Report on the lunatic asylums under the Government of Bombay - 1904-1913
Year: 1904
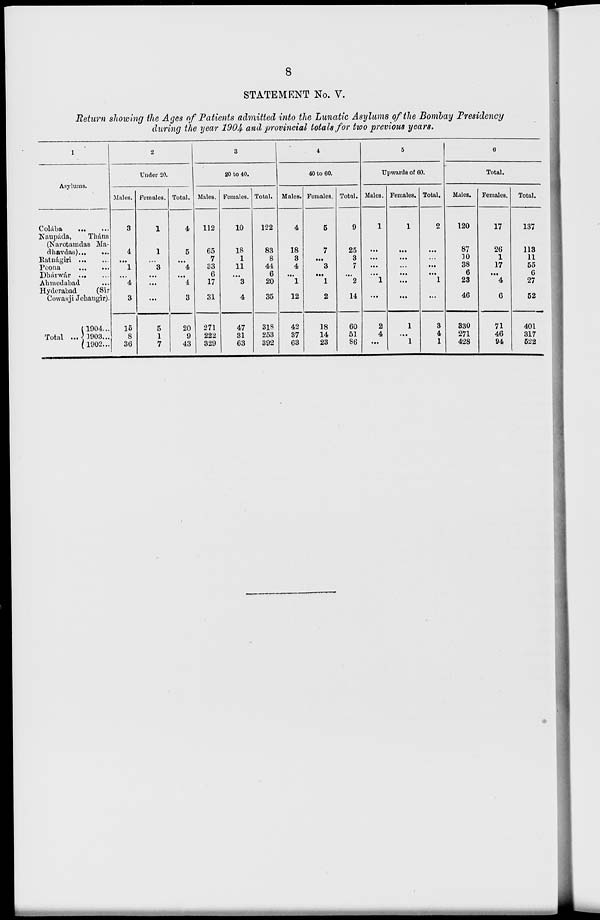
8
STATEMENT No. V.
Return showing the Ages of Patients admitted into the Lunatic Asylums of the Bombay Presidency
during the year 1904 and provincial totals for two previous years.
1
Asylums.
Colába
...
...
Kaupáda ,
Thána
(Narotamdas Ma-
dhavdas) ... ...
Ratnágiri
...
...
Poona
...
...
Dhárwár ... ...
Ahmedabad ...
Hyderabad
(Sir
Cowasji Jehangir).
Total ...
(1904...
1903...
1902...
2
Under 20.
Males.
3
4
...
1
...
4
3
16
8
36
Females.
1
1
...
3
...
...
...
5
1
7
Total.
4
5
...
4
...
4
3
20
9
43
3
20 to 40.
Males.
112
65
7
33
6
17
31
271
222
329
Females.
10
18
1
11
...
3
4
47
31
63
Total.
122
83
8
44
6
20
35
318
253
392
4
40 to 60.
Males.
4
18
3
4
...
1
12
42
37
63
Females.
5
7
...
3
...
1
2
18
14
23
Total.
9
25
3
7
...
2
14
60
51
86
5
Upwards of 60.
Males.
1
...
...
...
...
1
...
2
4
...
Females.
1
...
...
...
...
...
...
1
...
1
Total.
2
...
...
...
...
1
...
3
4
1
6
Total.
Males.
120
87
10
38
6
23
46
330
271
428
Females.
17
26
1
17
...
4
6
71
46
94
Total.
137
113
11
55
6
27
52
401
317
522